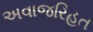
અવાજરિહત